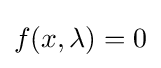
f(x,\lambda )=0